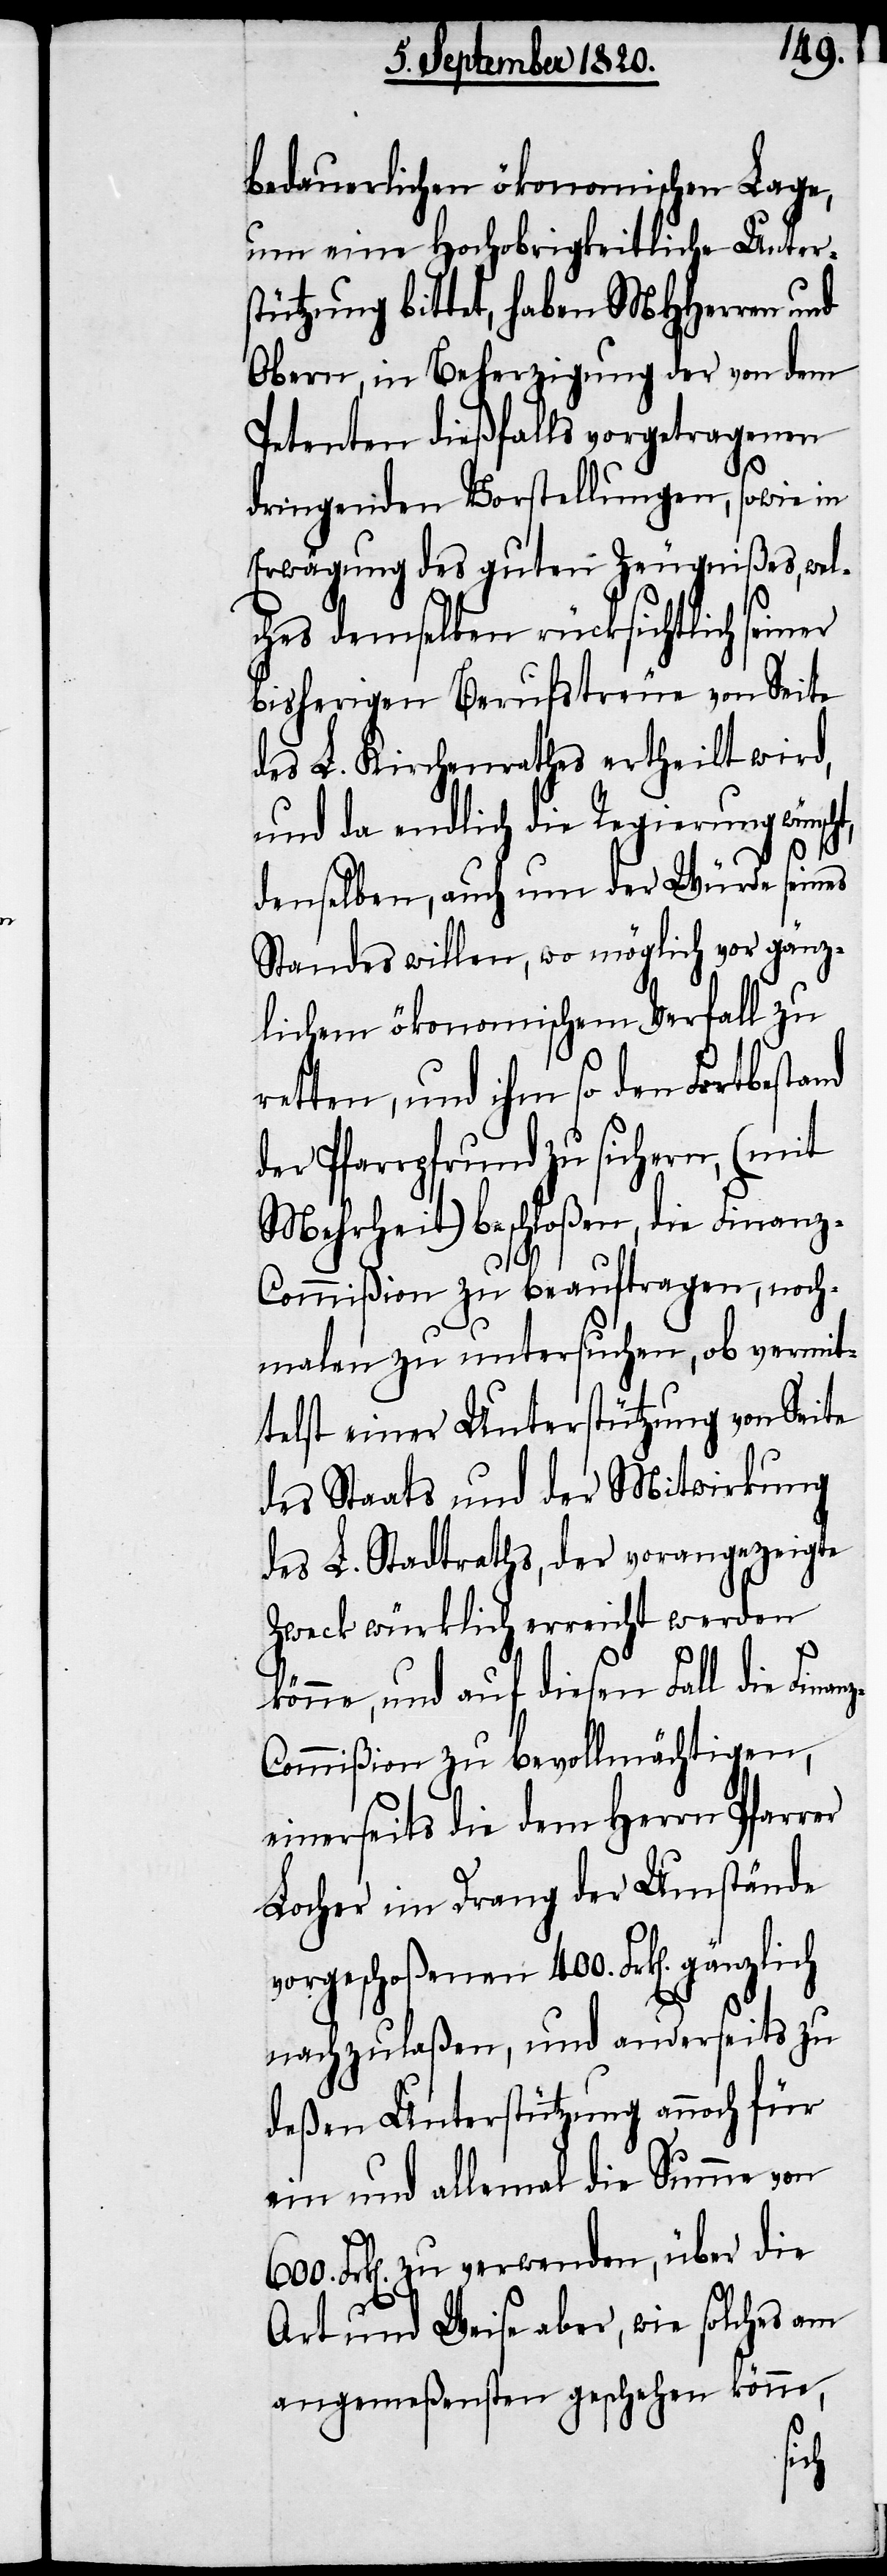
bedauerlichen ökonomischen Lage,
um eine Hochobrigkeitliche Unter¬
stützung bittet, haben MHherren und
Obern, in Beherzigung der von dem
Petenten dießfalls vorgetragenen
dringenden Vorstellungen, sowie in
Erwägung des guten Zeugnißes, welc¬
hes demselben rücksichtlich seiner
bisherigen Berufstreue von Seite
des L. Kirchenrathes ertheilt wird,
und da endlich die Regierung wünsc¬
denselben, auch um der Würde seines
Standes willen, wo möglich vor gänz¬
lichem ökonomischen Verfall zu
retten, und ihm so den Fortbestand
der Pfarrpfrund zu sichern, (mit
Mehrheit) beschloßen, die Finanz-C¬
ommißion zu beauftragen, noch¬
malen zu untersuchen, ob vermit¬
telst einer Unterstützung von Seite
des Staats und der Mitwirkung
des L. Stadtrathes, der vorangezeigte
Zweck würklich erreicht werden
könne, und auf diesen Fall die Finan¬
z-Commißion zu bevollmächtigen,
einerseits die dem Herrn Pfarrer
Locher im Drang der Umstände
vorgeschoßenen 400. Frk[en]. gänzlich
nachzulaßen, und anderseits zu
deßen Unterstützung annoch für
ein und allemal die Summe von
Frk[en]. zu verwenden, über die
Art und Weise aber, wie solches am
angemeßensten geschehen könne,
ht,